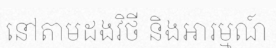
នៅតាមដងវិថី និងអារម្មណ៍